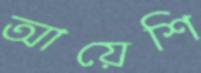
আয়েশি